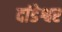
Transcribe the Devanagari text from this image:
दांडेश्वर